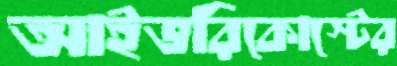
আইভরিকোস্টের